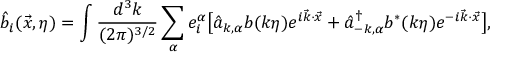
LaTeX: \hat { b } _ { i } ( \vec { x } , \eta ) = \int \frac { d ^ { 3 } k } { ( 2 \pi ) ^ { 3 / 2 } } \sum _ { \alpha } e _ { i } ^ { \alpha } \bigl [ \hat { a } _ { k , \alpha } b ( k \eta ) e ^ { i \vec { k } \cdot \vec { x } } + \hat { a } _ { - k , \alpha } ^ { \dagger } b ^ { \ast } ( k \eta ) e ^ { - i \vec { k } \cdot \vec { x } } \bigr ] ,